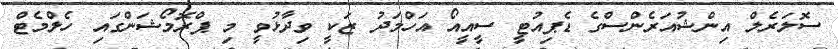
ސޮލަރެލް އިންޝުއަރެންސްގެ ޑެޕިއުޓީ ސީއީއޯ އަހްމަދު ޒަކީ ވިދާޅުވީ މި ޕްރޮމޯޝަަންގައި ހެލްމެޓް